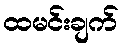
ထမင်းချက်